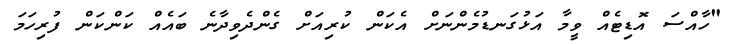
"ހާއްސަ އޮޑިޓެއް ވީމާ އަޅުގަނޑުމެންނަށް އެކަން ކުރިއަށް ގެންދެވިދާނެ ބައެއް ކަންކަން ފުރިހަމަ